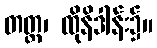
တတ္ထ၊ ထိုနိဒါန်း၌။